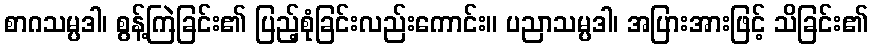
စာဂသမ္ပဒါ၊ စွန့်ကြဲခြင်း၏ ပြည့်စုံခြင်းလည်းကောင်း။ ပညာသမ္ပဒါ၊ အပြားအားဖြင့် သိခြင်း၏